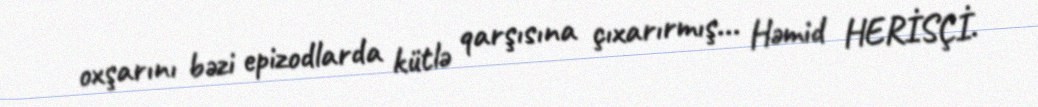
oxşarını bəzi epizodlarda kütlə qarşısına çıxarırmış... Həmid HERİSÇİ.